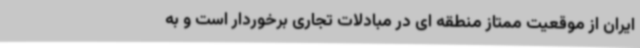
ایران از موقعیت ممتاز منطقه ای در مبادلات تجاری برخوردار است و به